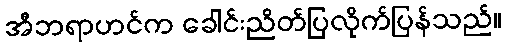
အီဘရာဟင်က ခေါင်းညိတ်ပြလိုက်ပြန်သည်။